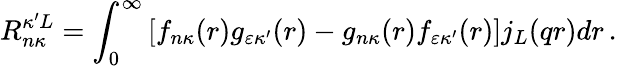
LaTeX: R_{n\kappa}^{\kappa^{\prime}L}=\int_{0}^{\infty}\left[f_{n\kappa}{(r)}g_{\varepsilon\kappa^{\prime}}{(r)}-g_{n\kappa}{(r)}f_{\varepsilon\kappa^{\prime}}{(r)}\right]j_{L}{(qr)}dr\, .